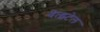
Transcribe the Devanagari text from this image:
वेत्झ्टेल